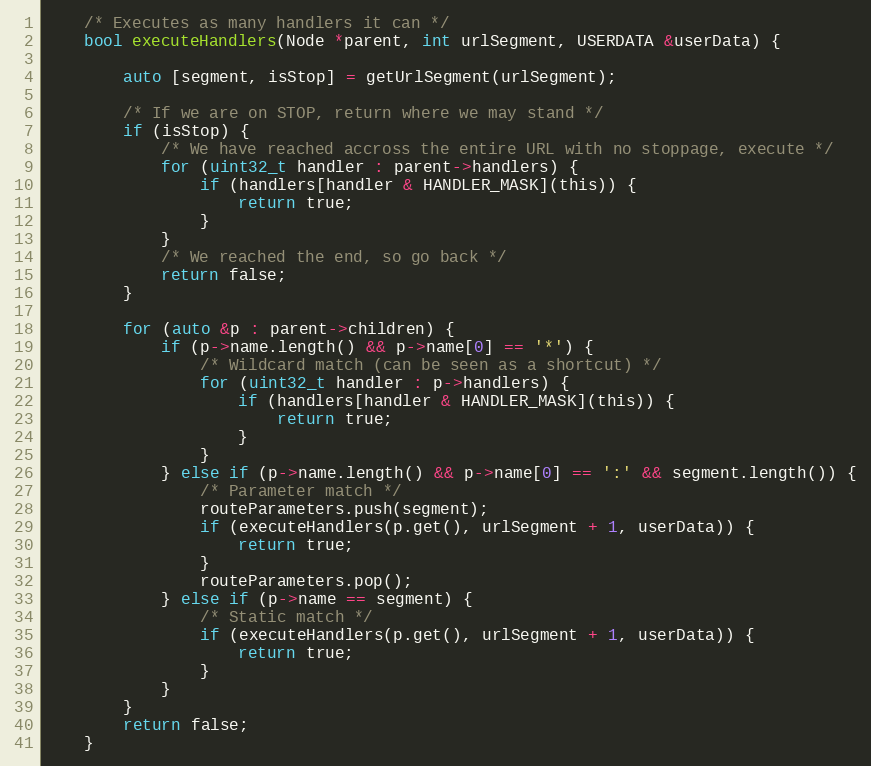
Language: C
    /* Executes as many handlers it can */
    bool executeHandlers(Node *parent, int urlSegment, USERDATA &userData) {

        auto [segment, isStop] = getUrlSegment(urlSegment);

        /* If we are on STOP, return where we may stand */
        if (isStop) {
            /* We have reached accross the entire URL with no stoppage, execute */
            for (uint32_t handler : parent->handlers) {
                if (handlers[handler & HANDLER_MASK](this)) {
                    return true;
                }
            }
            /* We reached the end, so go back */
            return false;
        }

        for (auto &p : parent->children) {
            if (p->name.length() && p->name[0] == '*') {
                /* Wildcard match (can be seen as a shortcut) */
                for (uint32_t handler : p->handlers) {
                    if (handlers[handler & HANDLER_MASK](this)) {
                        return true;
                    }
                }
            } else if (p->name.length() && p->name[0] == ':' && segment.length()) {
                /* Parameter match */
                routeParameters.push(segment);
                if (executeHandlers(p.get(), urlSegment + 1, userData)) {
                    return true;
                }
                routeParameters.pop();
            } else if (p->name == segment) {
                /* Static match */
                if (executeHandlers(p.get(), urlSegment + 1, userData)) {
                    return true;
                }
            }
        }
        return false;
    }